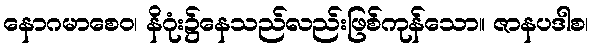
နောဂမာစေဝ၊ နိဂုံး၌နေသည်လည်းဖြစ်ကုန်သော။ ဇာနပဒါစ၊